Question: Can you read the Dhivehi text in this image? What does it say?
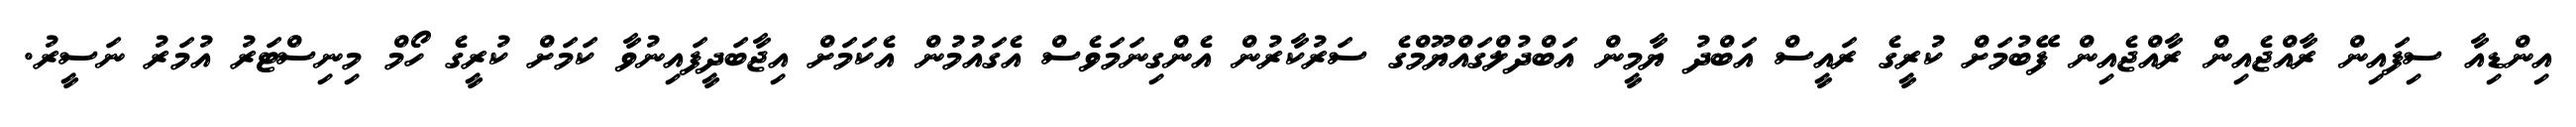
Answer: އިންޑިއާ ސިފައިން ރާއްޖެއިން ރާއްޖެއިން ފޭބުމަށް ކުރީގެ ރައީސް އަބްދު ޔާމީން އަބްދުލްގައްޔޫމްގެ ސަރުކާރުން އެންގިނަމަވެސް އެގައުމުން އެކަމަށް އިޖާބަދީފައިނުވާ ކަމަށް ކުރީގެ ހޯމް މިނިސްޓަރު އުމަރު ނަސީރު.